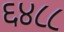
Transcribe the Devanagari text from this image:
६४८८